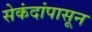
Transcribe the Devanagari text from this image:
सेकंदांपासून